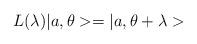
LaTeX: \begin{align*}L(\lambda)|a,\theta>=|a,\theta+\lambda>\end{align*}